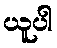
ယူပါ